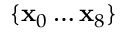
\{ \mathbf { x } _ { 0 } \ldots \mathbf { x } _ { 8 } \}